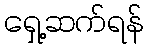
ရှေ့ဆက်ရန်